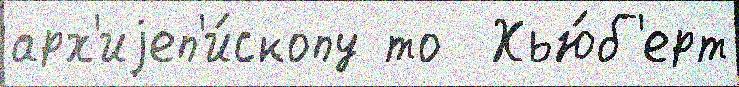
арх'иjеп'и́скопу то  Хью́б'ерт